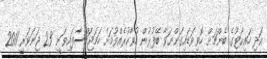
އަދި ހައިކޯޓުގެ ބެންޗަށް ހޮވިވަޑައިގަންނަވާ ބޭފުޅުން ހުވާކުރެއްވުމަށް ހަމަޖައްސާފައިވަނީ 23 ޖަނަވަރީ 2011